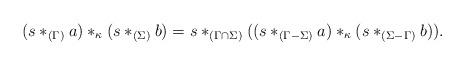
LaTeX: \begin{align*}(s*_{(\Gamma)}a)*_\kappa(s*_{(\Sigma)}b)=s*_{(\Gamma \cap \Sigma)}((s*_{(\Gamma-\Sigma)}a)*_\kappa (s*_{(\Sigma-\Gamma)}b)).\end{align*}